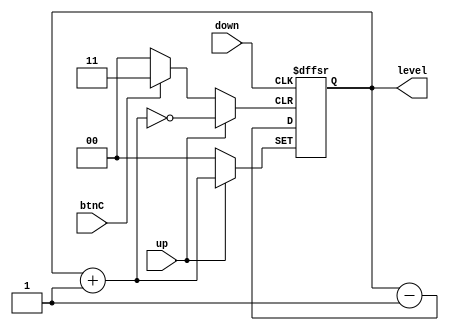
module updown_counter(up,down,btnC,level);
input up,down,btnC;
output reg [1:0]level;
reg emptybit; 

  always@(posedge up or posedge down or posedge btnC )
    begin 
    if(btnC)
    level<=2'b00;

     else if(up)
    level<=level+2'b01;
    
    else if(down)
   level<=level-2'b01;
  
   
    
        end 

endmodule